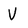
Character: V